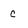
Character: c